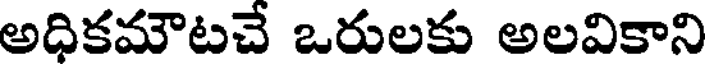
అధికమౌటచే ఒరులకు అలవికాని